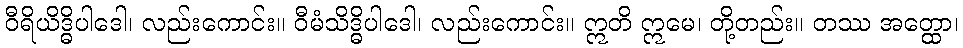
ဝီရိယိဒ္ဓိပါဒေါ၊ လည်းကောင်း။ ဝီမံသိဒ္ဓိပါဒေါ၊ လည်းကောင်း။ ဣတိ ဣမေ၊ တို့တည်း။ တဿ အတ္ထော၊